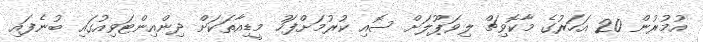
އުމުރުން 20 އަހަރުގެ މާކޮވިޗް ލިވަޕޫލަށް ސޮއި ކުރުމަށްފަހު މީޑިއާތަކަށް ދިންއިންޓަވިއުގައި ބުނެފައި